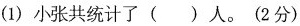
(1)小张共统计了()人。(2分)